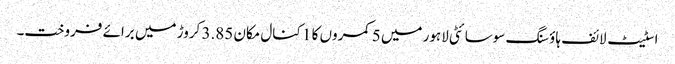
اسٹیٹ لائف ہاؤسنگ سوسائٹی لاہور میں 5 کمروں کا 1 کنال مکان 3.85 کروڑ میں برائے فروخت۔